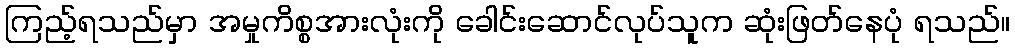
ကြည့်ရသည်မှာ အမှုကိစ္စအားလုံးကို ခေါင်းဆောင်လုပ်သူက ဆုံးဖြတ်နေပုံ ရသည်။